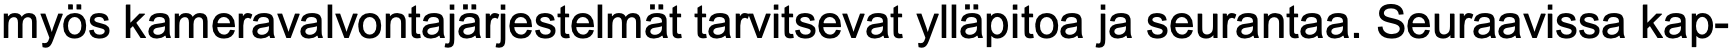
myös kameravalvontajärjestelmät tarvitsevat ylläpitoa ja seurantaa. Seuraavissa kap-